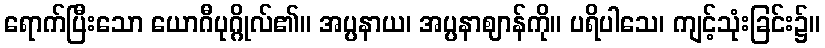
ရောက်ပြီးသော ယောဂီပုဂ္ဂိုလ်၏။ အပ္ပနာယ၊ အပ္ပနာဈာန်ကို။ ပရိပါသေ၊ ကျင့်သုံးခြင်း၌။